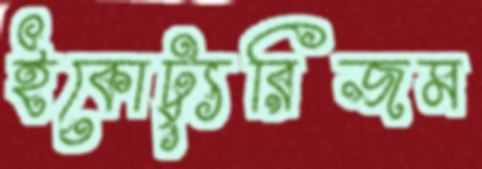
ইকোট্যুরিজম